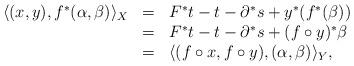
LaTeX: \begin{align*}\begin{array}{rcl}\langle (x,y), f^*(\alpha,\beta)\rangle_X&=& F^* t-t-\partial^*s + y^*(f^*(\beta))\\&=& F^* t-t-\partial^*s + (f\circ y)^*\beta\\&=&\langle (f\circ x, f\circ y),(\alpha,\beta)\rangle_Y,\end{array}\end{align*}